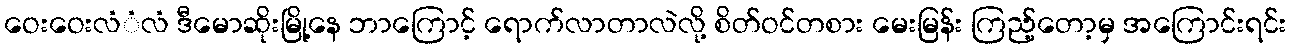
ဝေးဝေးလံံလံ ဒီမောဆိုးမြို့နေ ဘာကြောင့် ရောက်လာတာလဲလို့ စိတ်ဝင်တစား မေးမြန်း ကြည့်တော့မှ အကြောင်းရင်း